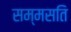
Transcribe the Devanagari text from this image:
सम्मसति